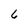
Character: 6